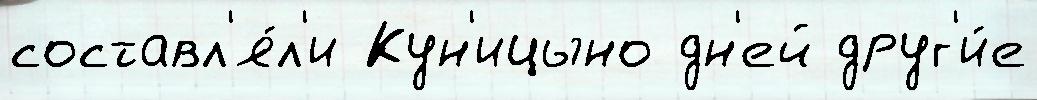
составл'я́л'и Кун'ицыно дн'ей друг'и́е